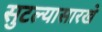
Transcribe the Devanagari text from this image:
सुटल्यासारखे